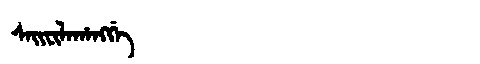
Manchu: ᠰᠠᡳᠸᡳᠯᠠᡥᠠᠩᡤᡝ
Romanization: SAIFILAHANGGE